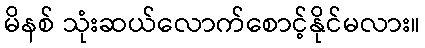
မိနစ် သုံးဆယ်လောက်စောင့်နိုင်မလား။